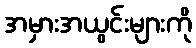
အမှားအယွင်းများကို